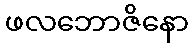
ဖလဘောဇိနော